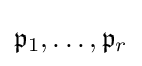
{\mathfrak {p}}_{1},\dots ,{\mathfrak {p}}_{r}